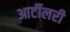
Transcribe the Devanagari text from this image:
आर्टीलरी